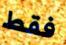
فقط